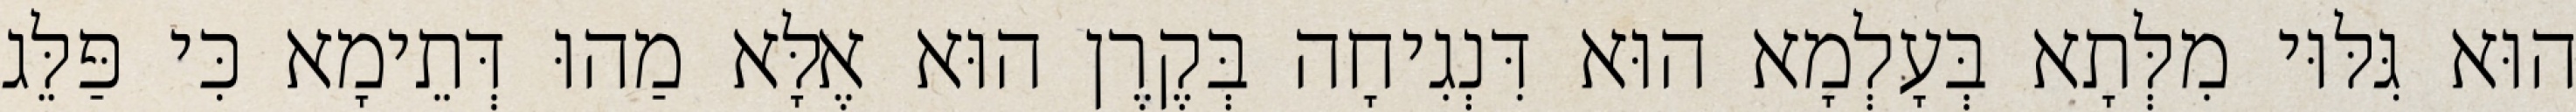
הוּא גִּלּוּי מִלְּתָא בְּעָלְמָא הוּא דִּנְגִיחָה בְּקֶרֶן הוּא אֶלָּא מַהוּ דְּתֵימָא כִּי פַּלֵּג